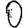
Digit: 0